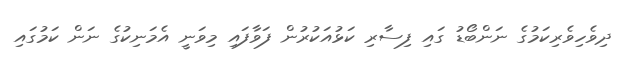
ދިވެހިވެރިކަމުގެ ނަންބޯޑު ގައި ފިސާރި ކަޅުއަކުރުން ފަވާފައި މިވަނީ އެމަނިކުގެ ނަން ކަމުގައި